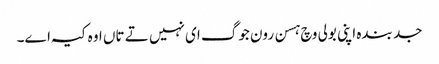
جد بندہ اپنی بولی وچ ہسن رون جوگ ای نہیں تے تاں اوہ کیہ اے۔